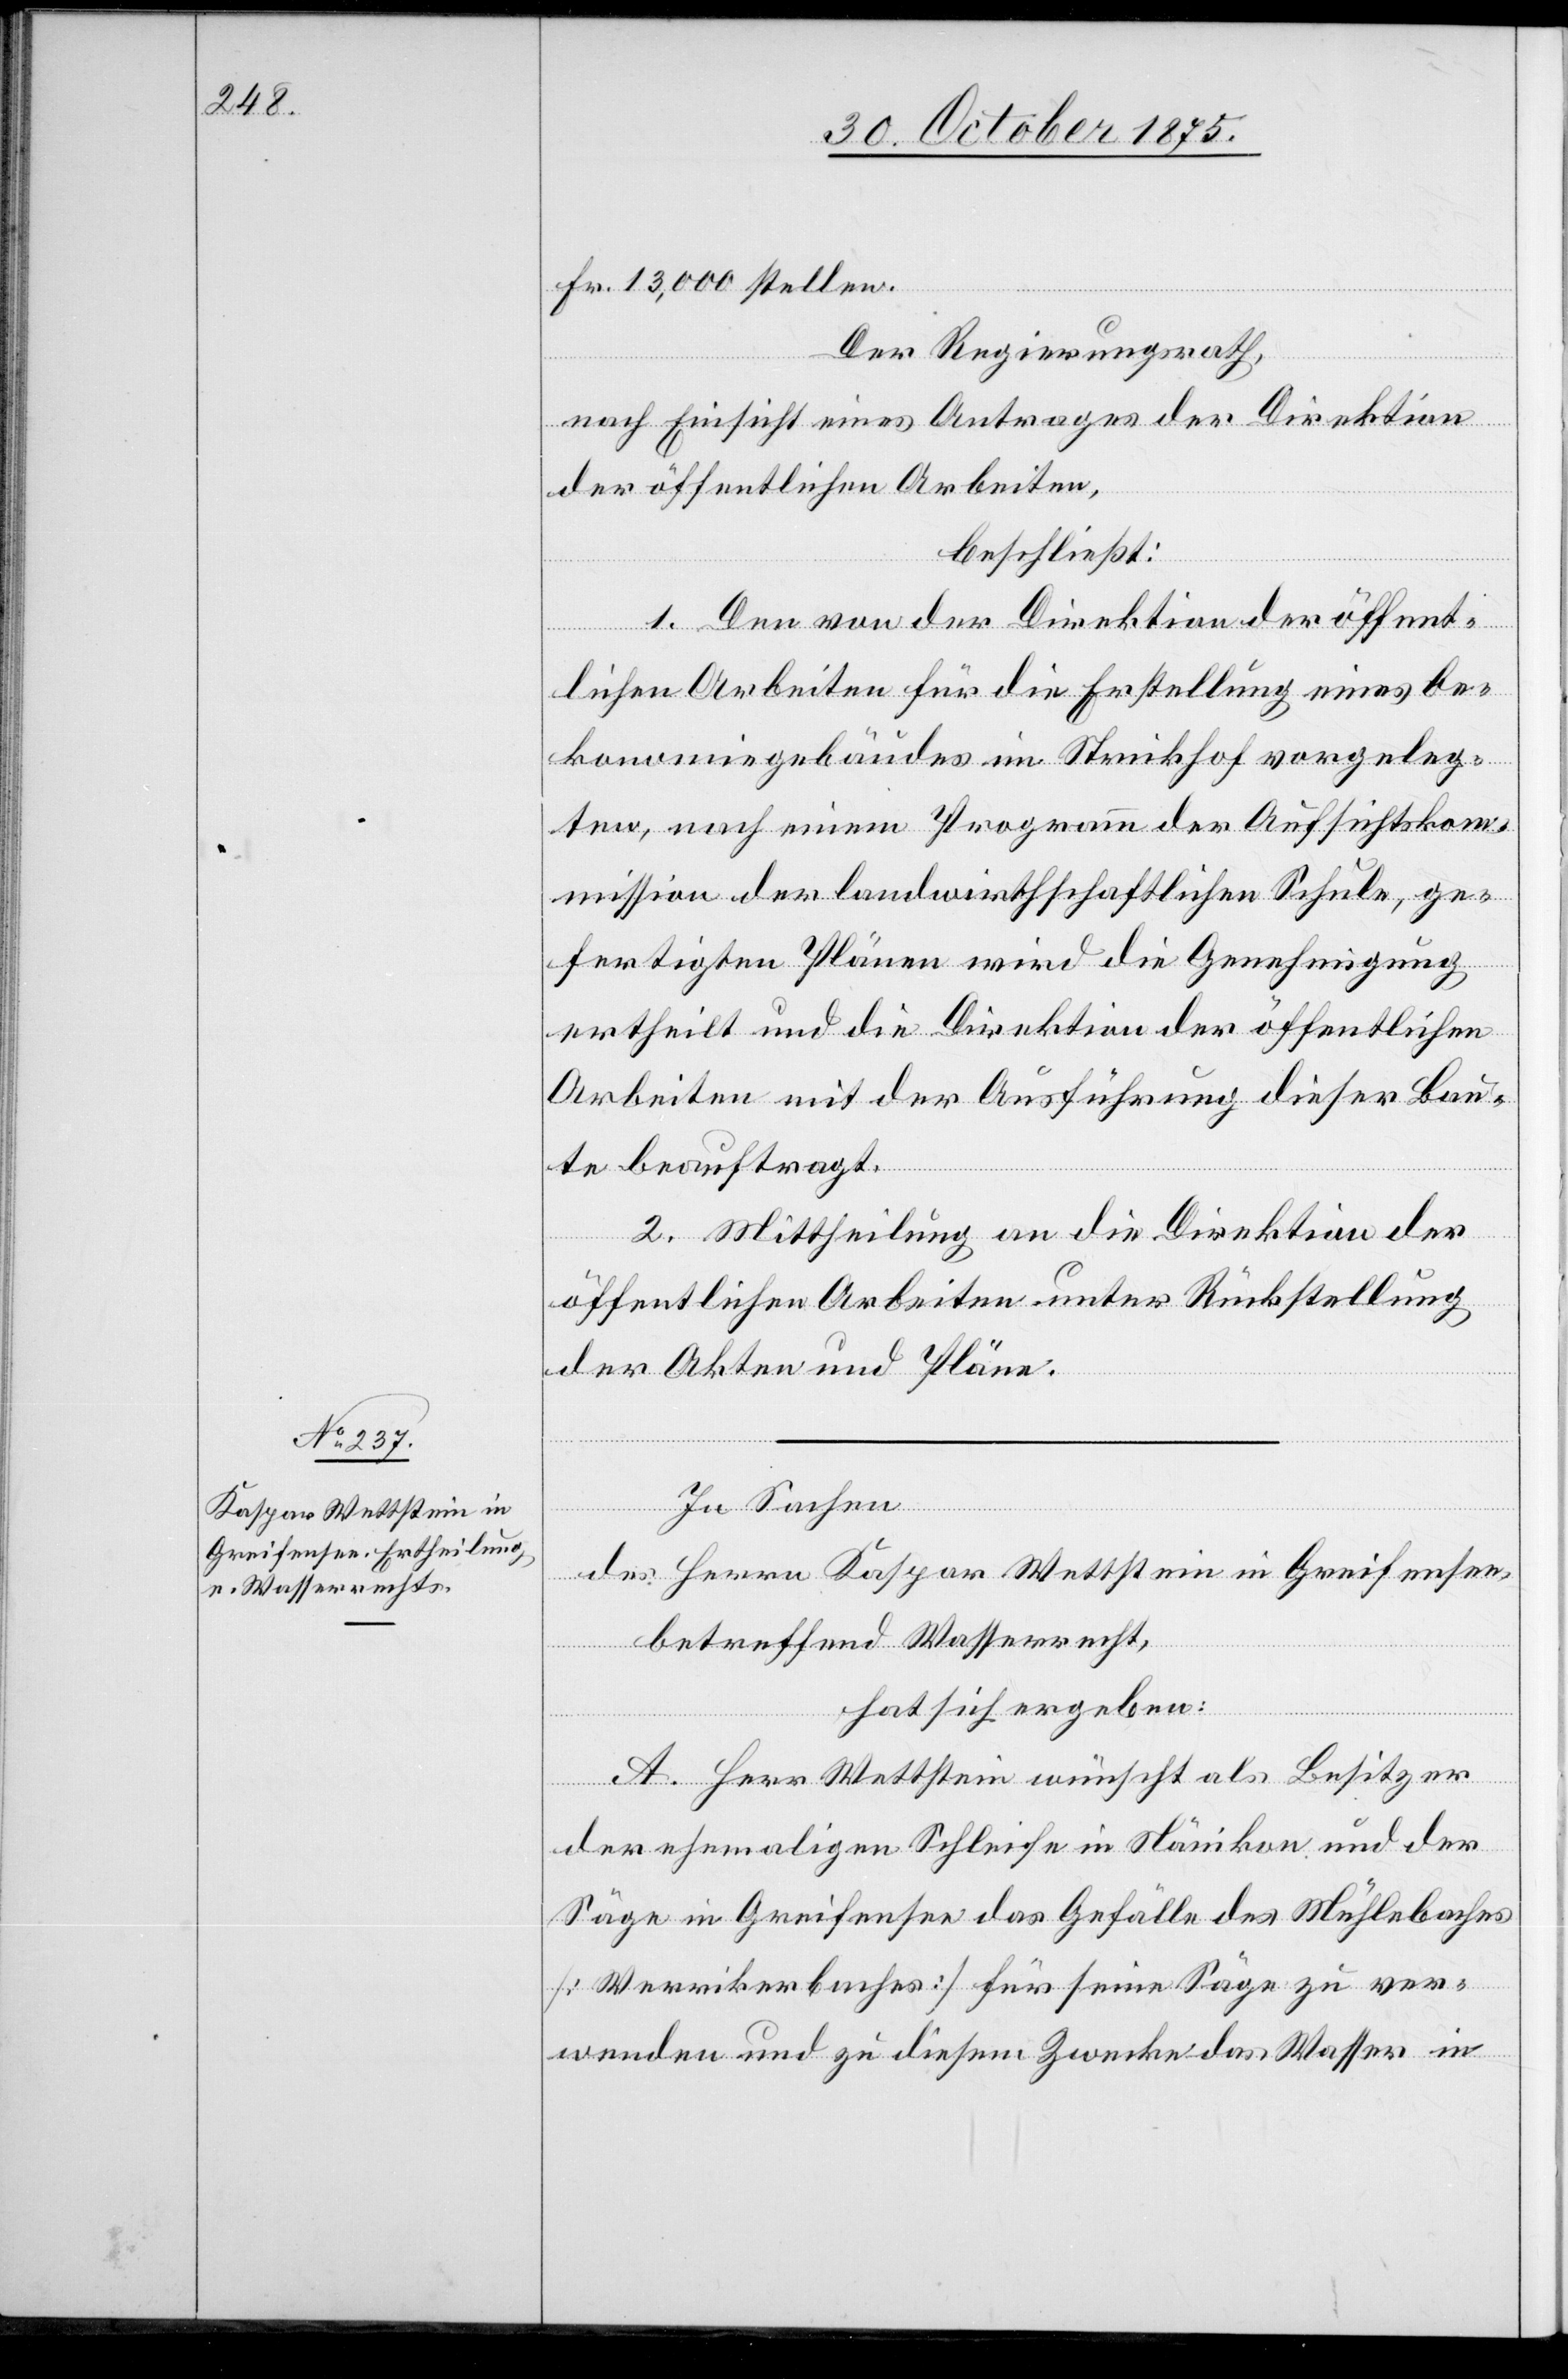
Fr. 13,000 stellen.
Der Regierungsrath,
nach Einsicht eines Antrages der Direktion
der öffentlichen Arbeiten,
beschießt:
1. Den von der Direktion der öffent¬
lichen Arbeiten für die Erstellung eines Oe¬
konomiegebäudes im Strickhof vorgeleg¬
ten, nach einem Programm der Aufsichtsko¬
mmission der landwirthschaftlichen Schule, ge¬
fertigten Plänen wird die Genehmigung
ertheilt und die Direktion der öffentlichen
Arbeiten mit der Ausführung dieser Bau¬
te beauftragt.
2. Mittheilung an die Direktion der
öffentlichen Arbeiten unter Rückstellung
der Akten und Pläne.
In Sachen
des Herrn Kaspar Wettstein in Greifensee,
betreffend Wasserrecht,
hat sich ergeben:
A. Herr Wettstein wünscht als Besitzer
der ehemaligen Schleife in Nänikon und der
Säge in Greifensee das Gefälle des Mühlebaches
[Werrikerbaches] für seine Säge zu ver¬
wenden und zu diesem Zwecke das Wasser in